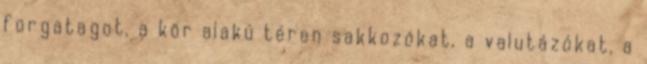
forgatagot, a kör alakú téren sakkozókat, a valutázókat, a